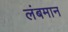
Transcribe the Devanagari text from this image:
लंबमान